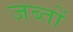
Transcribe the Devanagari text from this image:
जब्तों